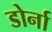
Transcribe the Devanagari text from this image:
डोर्ना